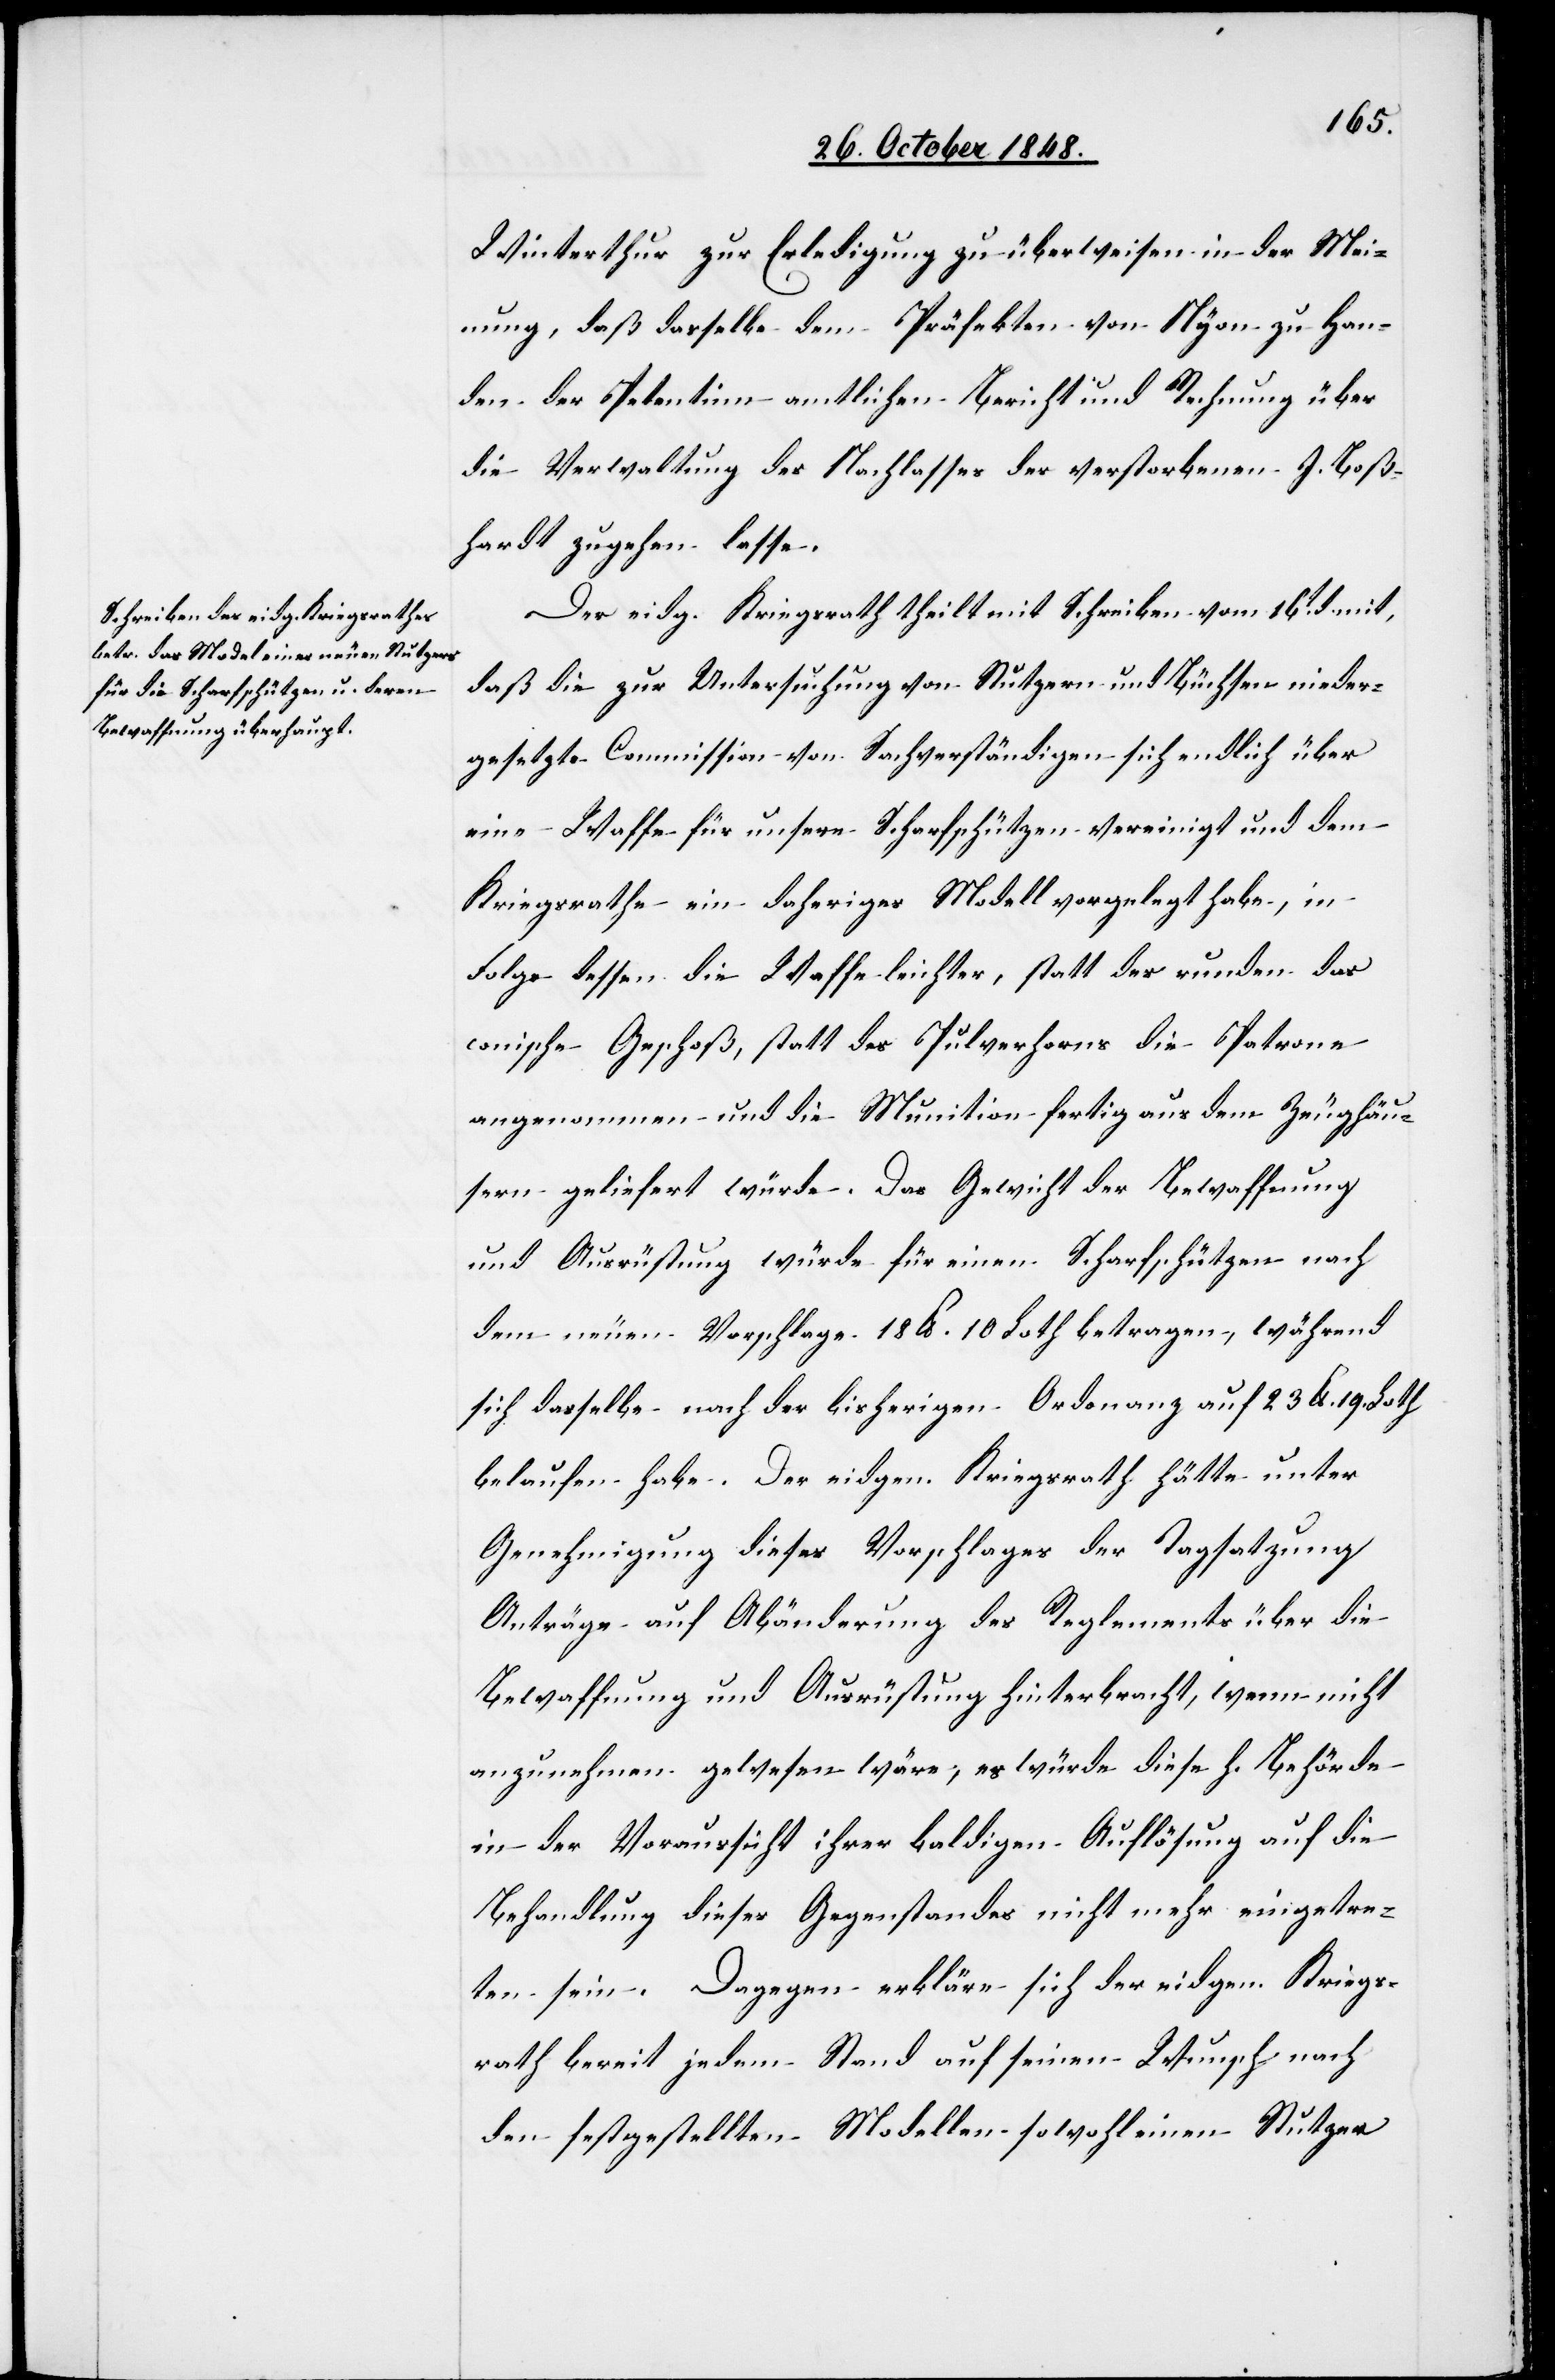
Winterthur zur Erledigung zu überweisen in der Mei¬
nung, daß dasselbe dem Präfekten von Nyon zu Han¬
den der Petentinn amtlichen Bericht und Rechnung über
die Verwaltung des Nachlasses des verstorbenen J. Boß¬
hardt zugehen lasse.
Der eidg. Kriegsrath theilt mit Schreiben vom 16t mit,
daß die zur Untersuchung von Stutzern und Büchsen nieder¬
gesetzte Commission von Sachverständigen sich endlich über
eine Waffe für unsere Scharfschützen vereinigt und dem
Kriegsrathe ein daheriges Modell vorgelegt habe, in
Folge dessen die Waffe leichter, statt des runden das
conische Geschoß, statt des Pulverhorns die Patrone
angenommen und die Munition fertig aus dem [sic!] Zeughäus¬
ern geliefert würde. Das Gewicht der Bewaffnung
und Ausrüstung würde für einen Scharfschützen nach
dem neuen Vorschlage 18. lb. 10. Loth betragen, während
sich dasselbe nach der bisherigen Ordinanz auf 23. lb. 19. Loth
belaufen habe. Der eidgen. Kriegsrath hätte unter
Genehmigung dieses Vorschlages der Tagsatzung
Anträge auf Abänderung des Reglements über die
Bewaffnung und Ausrüstung hinterbracht, wenn nicht
anzunehmen gewesen wäre, es würde diese h. Behörde
in der Voraussicht ihrer baldigen Auflösung auf die
Behandlung dieses Gegenstandes nicht mehr eingetre¬
ten sein. Dagegen erkläre sich der eidgen. Kriegs¬
rath bereit jedem Stand auf seinen Wunsch nach
den festgestellten Modellen sowohl einen Stutzer